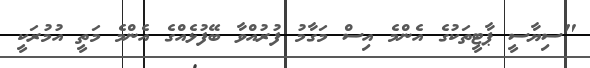
"ސިޔާސީ ޕާޓީތަކުގެ އެންމެ އިސް މަގާމު ފުރުއްވާ ބޭފުޅެއްގެ އެންމެ މަތީ އުމުރަކީ